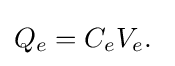
Q_{e}=C_{e}V_{e}.\